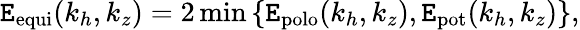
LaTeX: \mathtt{E}_{\mathrm{{equi}}}(k_{h},k_{z})=2\operatorname*{min}\left\{ \mathtt{E}_{\mathrm{{polo}}}(k_{h},k_{z}),\mathtt{E}_{\mathrm{{pot}}}(k_{h},k_{z})\right\} ,